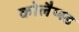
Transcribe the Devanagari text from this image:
कोलैप्स्ड